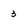
Character: 3